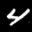
Label: 4